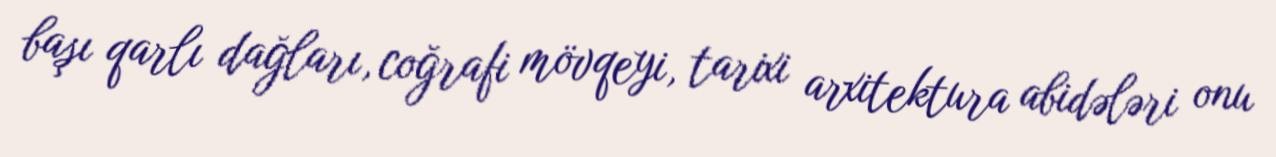
başı qarlı dağları, coğrafi mövqeyi, tarixi arxitektura abidələri onu